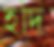
হদি